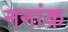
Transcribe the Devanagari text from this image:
ननांक